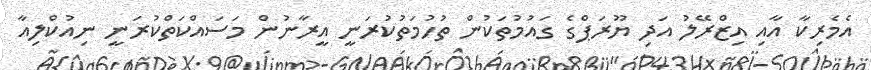
އެމެރިކާ އާއި އިޒްރޭލު އަދި ޔޫރަޕްގެ ގައުމުތަކުން ތުހުމަތުކުރަނީ އީރާނުން މަސައްކަތްކުރަނީ ނިއުކްލިއާ